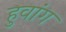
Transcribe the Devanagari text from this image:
हुवांग